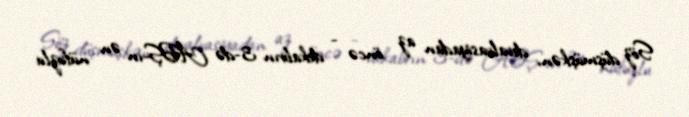
Söz düşmüşkən, devalvasiyadan az öncə - dekabrın 3-də ABŞ-ın ən nüfuzlu